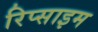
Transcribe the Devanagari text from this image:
रिप्साइम